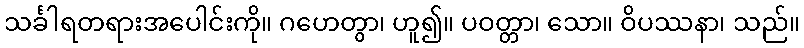
သင်္ခါရတရားအပေါင်းကို။ ဂဟေတွာ၊ ဟူ၍။ ပဝတ္တာ၊ သော။ ဝိပဿနာ၊ သည်။